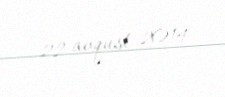
22 avqust 2014